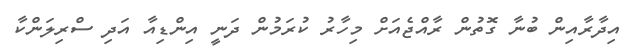
އިދާރާއިން ބުނާ ގޮތުން ރާއްޖެއަށް މިހާރު ކުރަމުން ދަނީ އިންޑިއާ އަދި ސްރިލަންކާ